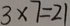
3 \times 7 = 2 1